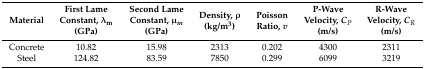
| Material | First Lame Constant, λm (GPa) | Second Lame Constant, μm (GPa) | Density, ρ (kg/m3) | Poisson Ratio, v | P-Wave Velocity, CP (m/s) | R-Wave Velocity, CR (m/s) |
 | --- | --- | --- | --- | --- | --- | --- |
 | Concrete | 10.82 | 15.98 | 2313 | 0.202 | 4300 | 2311 |
 | Steel | 124.82 | 83.59 | 7850 | 0.299 | 6099 | 3219 |